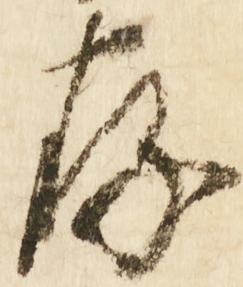
存